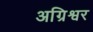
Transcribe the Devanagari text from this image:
अग्रिश्वर